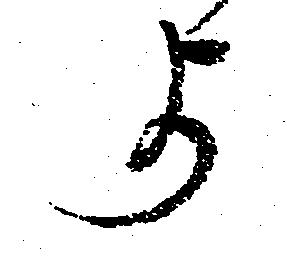
よ